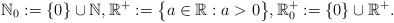
\begin{align*}{\mathbb N}_0:=\{0\}\cup {\mathbb N}, {\mathbb R}^+:= \big\{a\in {\mathbb R}: a> 0\big\}, {\mathbb R}^+_0:=\{0\}\cup {\mathbb R}^+.\end{align*}